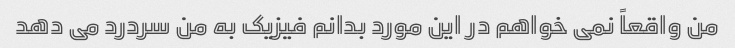
من واقعاً نمی خواهم در این مورد بدانم فیزیک به من سردرد می دهد